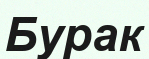
Бурак